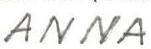
ANNA